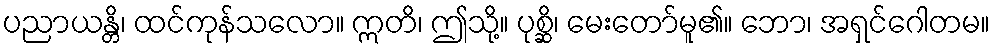
ပညာယန္တိ၊ ထင်ကုန်သလော။ ဣတိ၊ ဤသို့။ ပုစ္ဆိ၊ မေးတော်မူ၏။ ဘော၊ အရှင်ဂေါတမ။